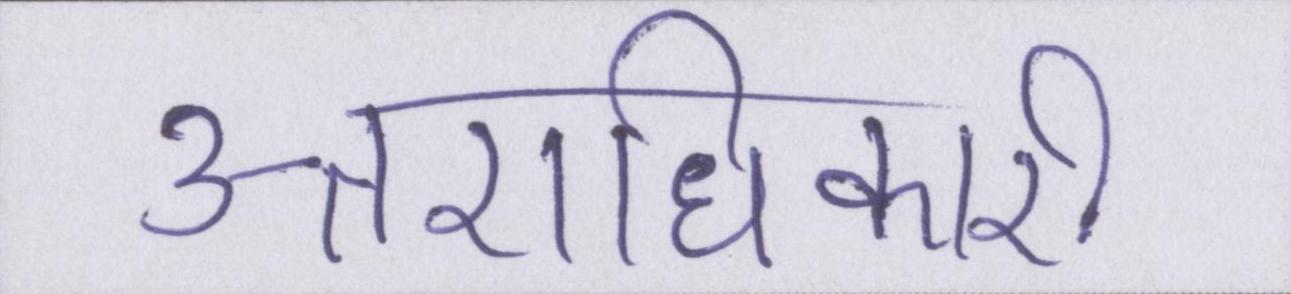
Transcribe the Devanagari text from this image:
उत्तराधिकारी